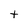
Character: t